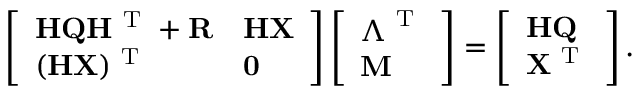
\left[ \begin{array} { l l } { \mathbf { H Q H ^ { \mathrm { ~ T ~ } } + R } } & { \mathbf { H X } } \\ { ( \mathbf { H X } ) ^ { \mathrm { ~ T ~ } } } & { \mathbf { 0 } } \end{array} \right] \left[ \begin{array} { l } { \boldsymbol { \Lambda } ^ { \mathrm { ~ T ~ } } } \\ { \mathbf { M } } \end{array} \right] = \left[ \begin{array} { l } { \mathbf { H Q } } \\ { \mathbf { X } ^ { \mathrm { ~ T ~ } } } \end{array} \right] .